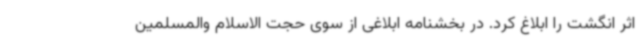
اثر انگشت را ابلاغ کرد. در بخشنامه ابلاغی از سوی حجت الاسلام والمسلمین